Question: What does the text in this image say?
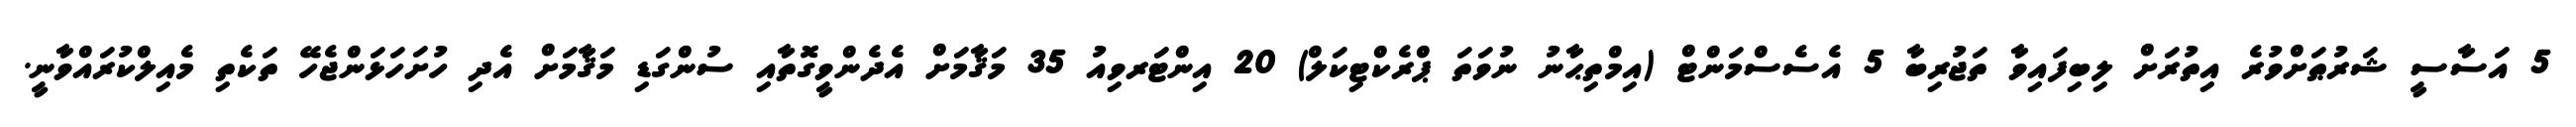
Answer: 5 އަސާސީ ޝަރުޠަށްވުރެ އިތުރަށް ލިބިފައިވާ ތަޖުރިބާ 5 އެސެސްމަންޓް (އިމްތިޙާނު ނުވަތަ ޕްރެކްޓިކަލް) 20 އިންޓަރވިއު 35 މަޤާމަށް އެދެންވީގޮތާއި ސުންގަޑި މަޤާމަށް އެދި ހުށަހަޅަންޖެހޭ ތަކެތި މެއިލްކުރައްވާނީ.